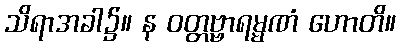
သိရာအခါ၌။ န ဝတ္တဗ္ဗာရမ္မဏံ ဟောတိ။